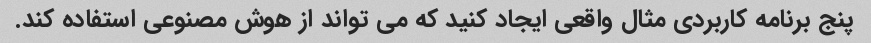
پنج برنامه کاربردی مثال واقعی ایجاد کنید که می تواند از هوش مصنوعی استفاده کند.